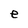
Character: e